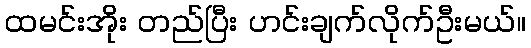
ထမင်းအိုး တည်ပြီး ဟင်းချက်လိုက်ဦးမယ်။